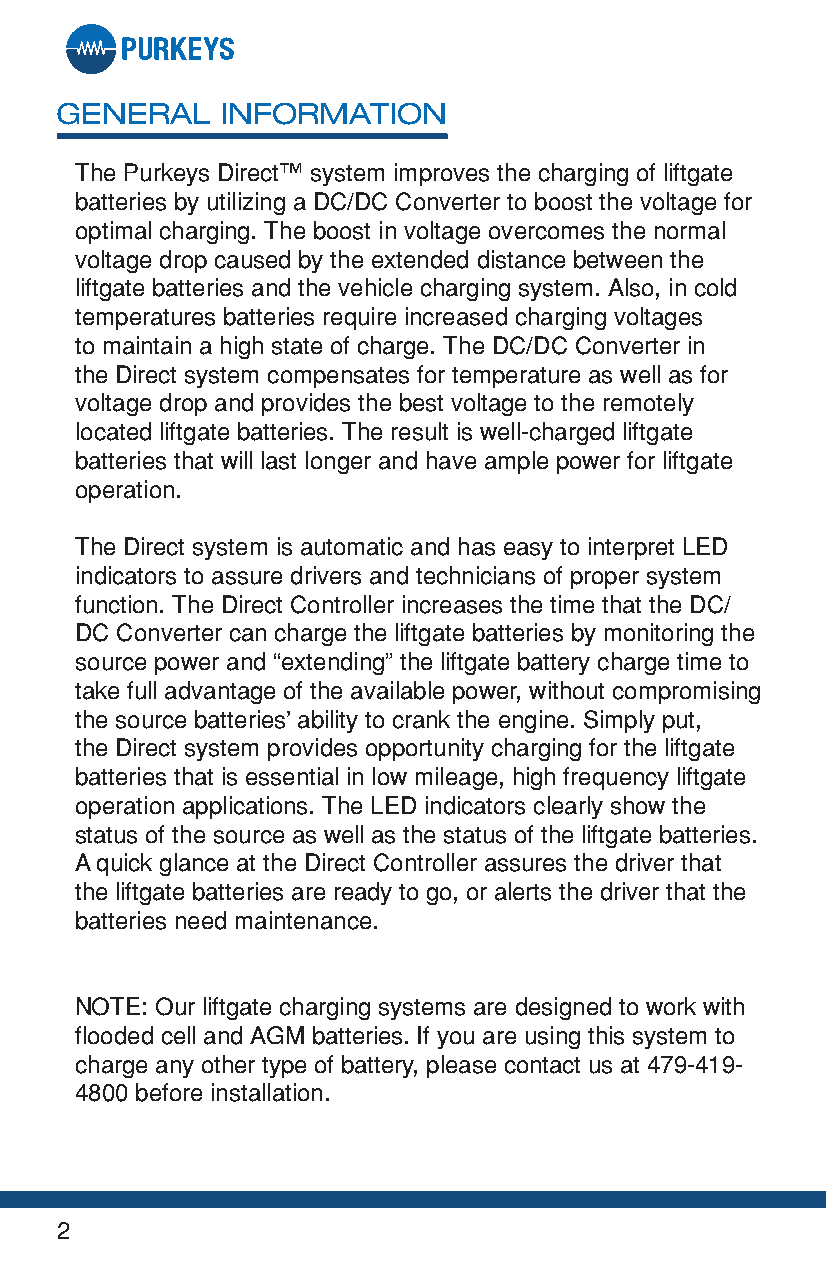
GENERAL    INFORMATION
 The Purkeys Direct™ system improves the charging of liftgate
 batteries by utilizing a DC/DC Converter to boost the voltage for
 optimal charging. The boost in voltage overcomes the normal
 voltage drop caused by the extended distance between the
 liftgate batteries and the vehicle charging system. Also, in cold
 temperatures batteries require increased charging voltages
 to maintain a high state of charge. The DC/DC Converter in
 the Direct system compensates for temperature as well as for
 voltage drop and provides the best voltage to the remotely
 located liftgate batteries. The result is well-charged liftgate
 batteries that will last longer and have ample power for liftgate
 operation.
 The Direct system is automatic and has easy to interpret LED
 indicators to assure drivers and technicians of proper system
 function. The Direct Controller increases the time that the DC/
 DC Converter can charge the liftgate batteries by monitoring the
 source power and “extending” the liftgate battery charge time to
 take full advantage of the available power, without compromising
 the source batteries’ ability to crank the engine. Simply put,
 the Direct system provides opportunity charging for the liftgate
 batteries that is essential in low mileage, high frequency liftgate
 operation applications. The LED indicators clearly show the
 status of the source as well as the status of the liftgate batteries.
 A quick glance at the Direct Controller assures the driver that
 the liftgate batteries are ready to go, or alerts the driver that the
 batteries need maintenance.
 NOTE: Our liftgate charging systems are designed to work with
 flooded cell and AGM batteries. If you are using this system to
 charge any other type of battery, please contact us at 479-419-
 4800 before installation.
 2